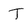
Character: T